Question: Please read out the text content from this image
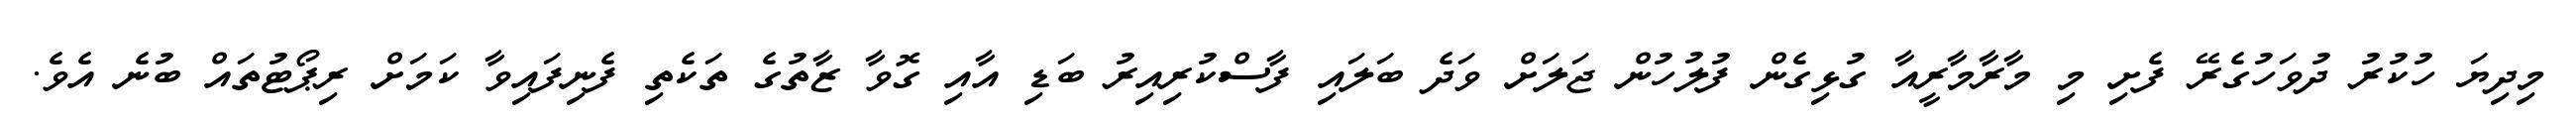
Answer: މިދިޔަ ހުކުރު ދުވަހުގެރޭ ފެށި މި މާރާމާރީއާ ގުޅިގެން ފުލުހުން ޖަލަށް ވަދެ ބަލައި ފާސްކުރިއިރު ބަޑި އާއި ގޮވާ ޒާތުގެ ތަކެތި ފެނިފައިވާ ކަމަށް ރިޕޯޓުތައް ބުނެ އެވެ.